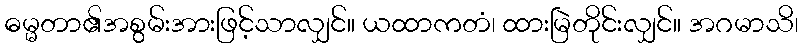
ဓမ္မတာ၏အစွမ်းအားဖြင့်သာလျှင်။ ယထာကတံ၊ ထားမြဲတိုင်းလျှင်။ အဂမာသိ၊